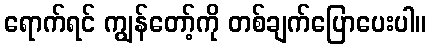
ရောက်ရင် ကျွန်တော့်ကို တစ်ချက်ပြောပေးပါ။